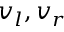
v _ { l } , v _ { r }